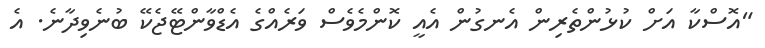
"އޮސްކާ އަށް ކުޅުންތެރިން އެނގުން އެއީ ކޮންމެވެސް ވަރެއްގެ އެޑްވާންޓޭޖެކޭ ބުނެވިދާނެ. އެ